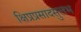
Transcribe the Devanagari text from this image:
क्षिप्रप्रसादसुलभ